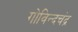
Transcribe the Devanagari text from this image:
गोविन्दचंद्र